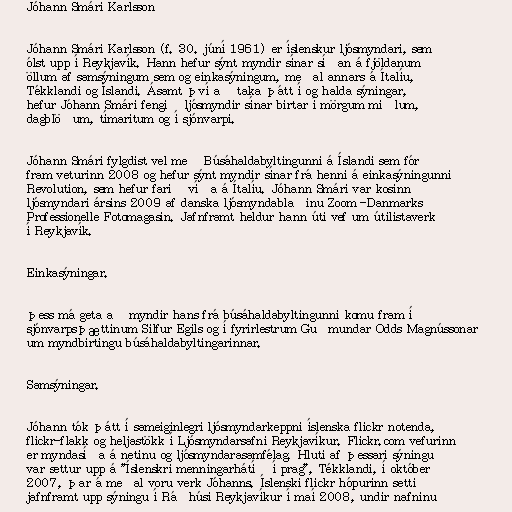
Jóhann Smári Karlsson

Jóhann Smári Karlsson (f. 30. júní 1961) er íslenskur ljósmyndari, sem
ólst upp í Reykjavík. Hann hefur sýnt myndir sínar síðan á fjöldanum
öllum af samsýningum sem og einkasýningum, meðal annars á Ítalíu,
Tékklandi og Íslandi. Ásamt því að taka þátt í og halda sýningar,
hefur Jóhann Smári fengið ljósmyndir sínar birtar í mörgum miðlum,
dagblöðum, tímaritum og í sjónvarpi.

Jóhann Smári fylgdist vel með Búsáhaldabyltingunni á Íslandi sem fór
fram veturinn 2008 og hefur sýnt myndir sínar frá henni á einkasýningunni
Revolution, sem hefur farið víða á Ítalíu. Jóhann Smári var kosinn
ljósmyndari ársins 2009 af danska ljósmyndablaðinu Zoom -Danmarks
Professionelle Fotomagasin. Jafnframt heldur hann úti vef um útilistaverk
í Reykjavík.

Einkasýningar.

þess má geta að myndir hans frá búsáhaldabyltingunni komu fram í
sjónvarpsþættinum Silfur Egils og í fyrirlestrum Guðmundar Odds Magnússonar
um myndbirtingu búsáhaldabyltingarinnar.

Samsýningar.

Jóhann tók þátt í sameiginlegri ljósmyndarkeppni íslenska flickr notenda,
flickr-flakk og heljastökk í Ljósmyndarsafni Reykjavíkur. Flickr.com vefurinn
er myndasíða á netinu og ljósmyndarasamfélag. Hluti af þessari sýningu
var settur upp á "Íslenskri menningarhátíð í prag", Tékklandi, í október
2007, þar á meðal voru verk Jóhanns. Íslenski flickr hópurinn setti
jafnframt upp sýningu í Ráðhúsi Reykjavíkur í maí 2008, undir nafninu